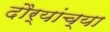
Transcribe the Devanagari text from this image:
दौर्‍यांच्या